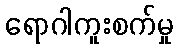
ရောဂါကူးစက်မှု